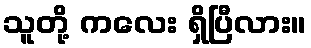
သူတို့ ကလေး ရှိပြီလား။